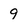
Character: 9